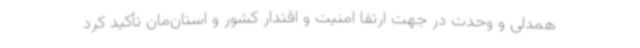
همدلی و وحدت در جهت ارتقا امنیت و اقتدار کشور و استان‌مان تأکید کرد